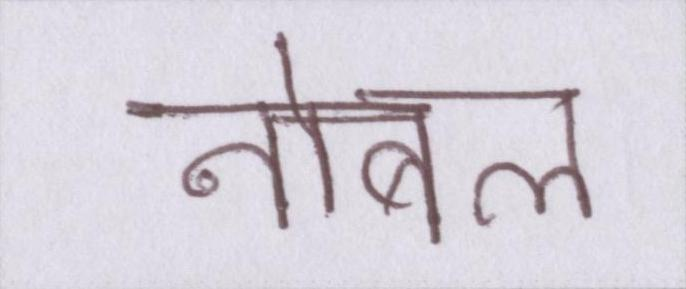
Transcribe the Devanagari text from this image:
नोबल